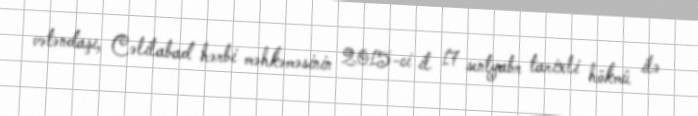
vətəndaşı, Cəlilabad hərbi məhkəməsinin 2015-ci il 17 sentyabr tarixli hökmü ilə